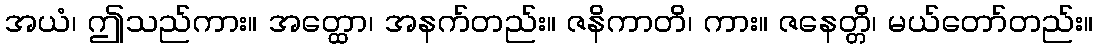
အယံ၊ ဤသည်ကား။ အတ္ထော၊ အနက်တည်း။ ဇနိကာတိ၊ ကား။ ဇနေတ္တိ၊ မယ်တော်တည်း။